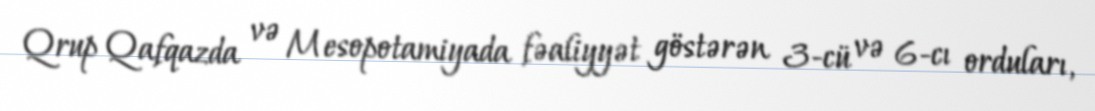
Qrup Qafqazda və Mesopotamiyada fəaliyyət göstərən 3-cü və 6-cı orduları,